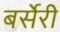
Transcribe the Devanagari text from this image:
बर्सेरी